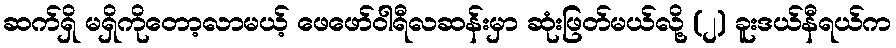
ဆက်ရှိ မရှိကိုတော့လာမယ့် ဖေဖော်ဝါရီလဆန်းမှာ ဆုံးဖြတ်မယ်လို့ (၂) ခူးဒယ်နီရယ်က